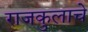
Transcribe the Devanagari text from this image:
राजकुलाचे